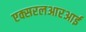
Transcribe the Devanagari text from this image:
एक्सरलआरआर्इ